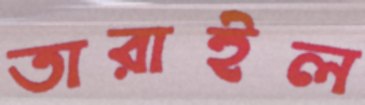
তারাইল